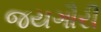
જયગૌરી